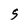
Character: S